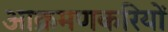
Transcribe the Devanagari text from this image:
आक्रमणकरियों